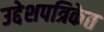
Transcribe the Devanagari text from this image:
उद्देशपत्रिकेत